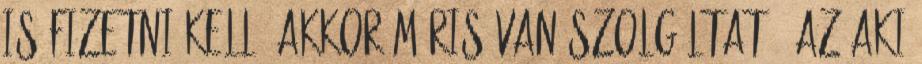
is fizetni kell, akkor máris van szolgáltató. Az aki